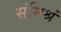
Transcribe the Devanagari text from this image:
संमिश्रं